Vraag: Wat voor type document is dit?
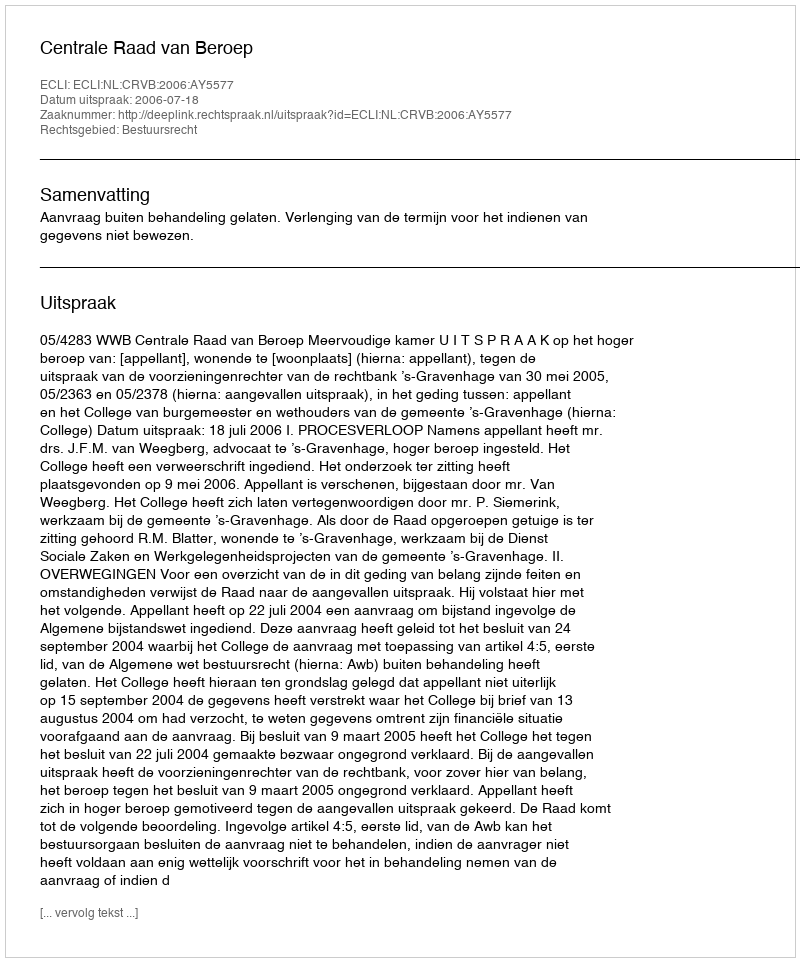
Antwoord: Uitspraak